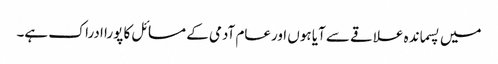
میں پسماندہ علاقے سے آیا ہوں اورعام آدمی کے مسائل کا پورا ادراک ہے۔